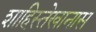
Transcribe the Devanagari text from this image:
शाहिस्तेखानास